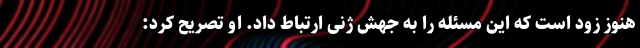
هنوز زود است که این مسئله را به جهش ژنی ارتباط داد. او تصریح کرد: